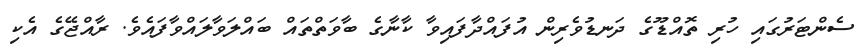
ސެންޓަރުގައި ހުރި ތޮއްޑޫގެ ދަނޑުވެރިން އުފައްދާފައިވާ ކާނާގެ ބާވަތްތައްް ބައްލަވާލައްވާފައެވެ. ރާއްޖޭގެ އެކި